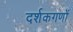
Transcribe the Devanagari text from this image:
दर्शकगणों